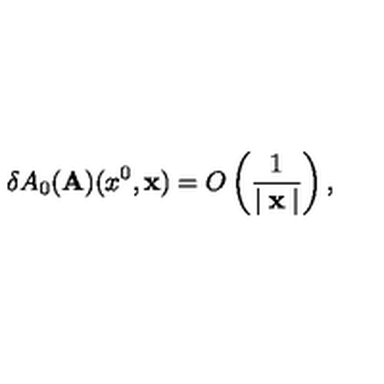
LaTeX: \delta A _ { 0 } ( { \bf A } ) ( x ^ { 0 } , { \bf x } ) = O \left( \frac { 1 } { \mid { \bf x } \mid } \right) ,